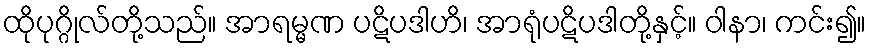
ထိုပုဂ္ဂိုလ်တို့သည်။ အာရမ္မဏ ပဋိပဒါဟိ၊ အာရုံပဋိပဒါတို့နှင့်။ ဝါနာ၊ ကင်း၍။